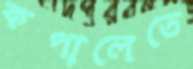
কপালেতে